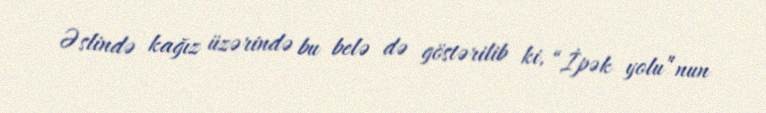
Əslində kağız üzərində bu belə də göstərilib ki, “İpək yolu”nun